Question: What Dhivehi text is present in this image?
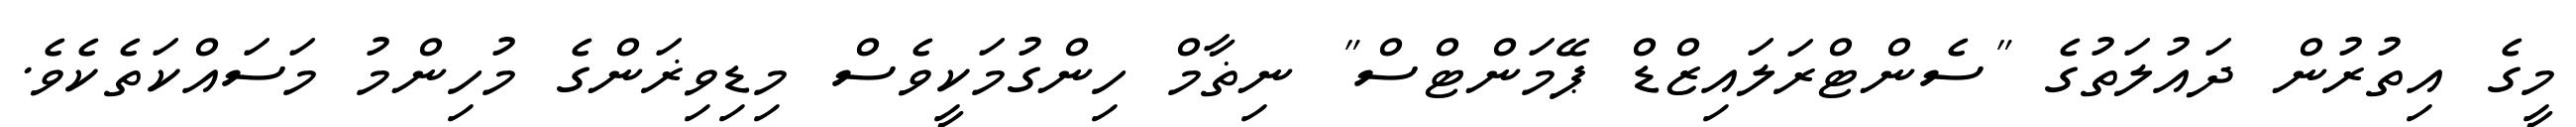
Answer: މީގެ އިތުރުން ދައުލަތުގެ "ސެންޓްރަލައިޒްޑް ޕޭމަންޓްސް" ނިޡާމް ހިންގުމަކީވެސް މިޑިވިޜަންގެ މުހިންމު މަސައްކަތެކެވެ.